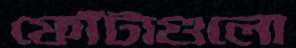
ফোঁটাগুলো